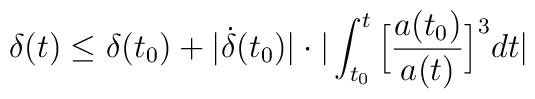
\delta(t)\leq\delta(t_0)+|\dot{\delta}(t_0)|\cdot |\int_{t_0}^{t}\Big[\frac{a(t_0)} {a(t)}\Big]^3dt|